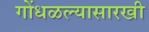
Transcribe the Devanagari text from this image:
गोंधळल्यासारखी